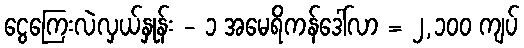
ငွေကြေးလဲလှယ်နှုန်း - ၁ အမေရိကန်ဒေါ်လာ = ၂,၁၀၀ ကျပ်